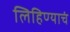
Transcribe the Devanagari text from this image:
लिहिण्याचं